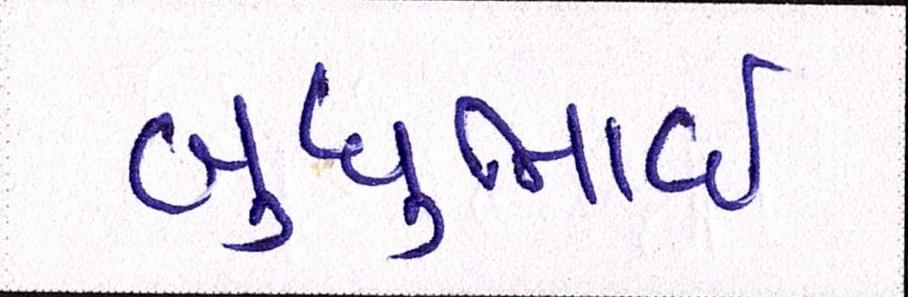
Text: બુધુભાઇ